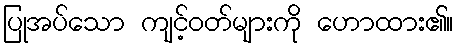
ပြုအပ်သော ကျင့်ဝတ်များကို ဟောထား၏။